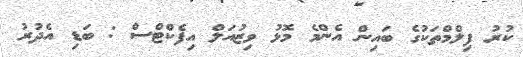
ކުރު ފިލްމްތަކުގެ ބައިން އެންމެ މޮޅު ވިޒުއަލް އިފެކްޓްސް : ބަޑި އެދުރު